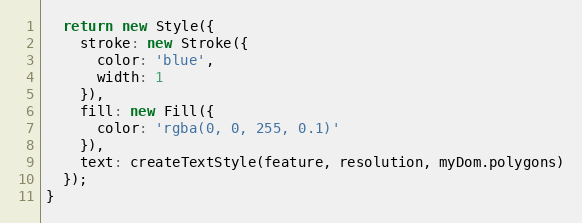
Language: JavaScript
  return new Style({
    stroke: new Stroke({
      color: 'blue',
      width: 1
    }),
    fill: new Fill({
      color: 'rgba(0, 0, 255, 0.1)'
    }),
    text: createTextStyle(feature, resolution, myDom.polygons)
  });
}